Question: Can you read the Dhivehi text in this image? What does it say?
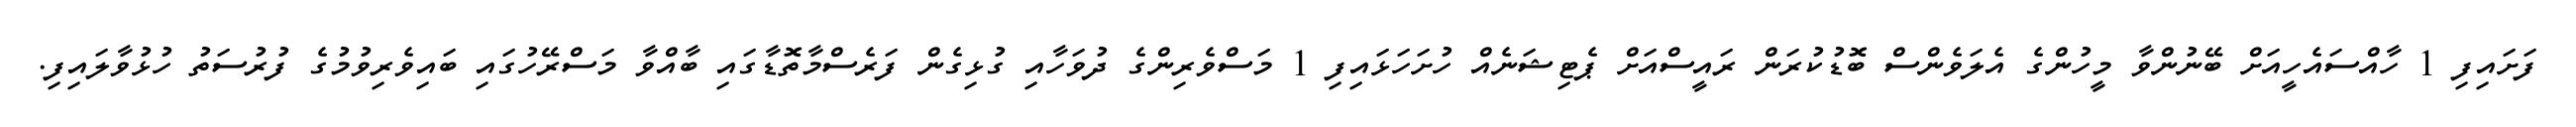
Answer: ފަށައިފި 1 ހާއްސައެހީއަށް ބޭނުންވާ މީހުންގެ އެލަވެންސް ބޮޑުކުރަން ރައީސްއަށް ޕެޓިޝަނެއް ހުށަހަޅައިފި 1 މަސްވެރިންގެ ދުވަހާއި ގުޅިގެން ފަރެސްމާތޮޑާގައި ބާއްވާ މަސްރޭހުގައި ބައިވެރިވުމުގެ ފުރުސަތު ހުޅުވާލައިފި.